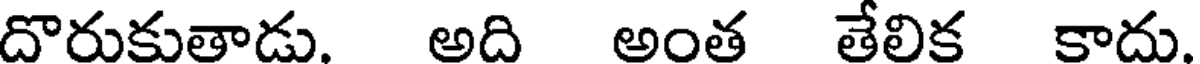
దొరుకుతాడు. అది అంత తేలిక కాదు.